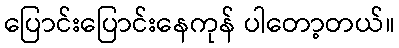
ပြောင်းပြောင်းနေကုန် ပါတော့တယ်။